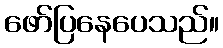
ဖော်ပြနေပေသည်။